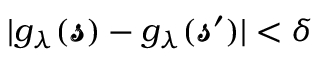
\begin{array} { r } { | g _ { \lambda } ( \pmb { \mathscr { s } } ) - g _ { \lambda } ( \pmb { \mathscr { s } } ^ { \prime } ) | < \delta } \end{array}